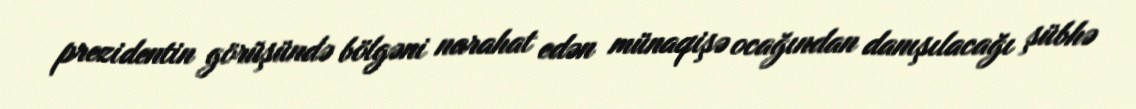
prezidentin görüşündə bölgəni narahat edən münaqişə ocağından danışılacağı şübhə